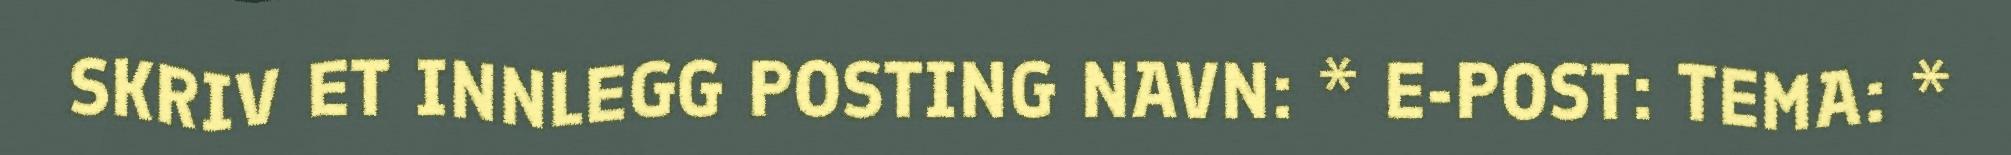
SKRIV ET INNLEGG POSTING NAVN: * E-POST: TEMA: *